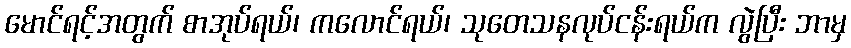
မောင်ရင့်အတွက် စာအုပ်ရယ်၊ ကလောင်ရယ်၊ သုတေသနလုပ်ငန်းရယ်က လွဲပြီး ဘာမှ